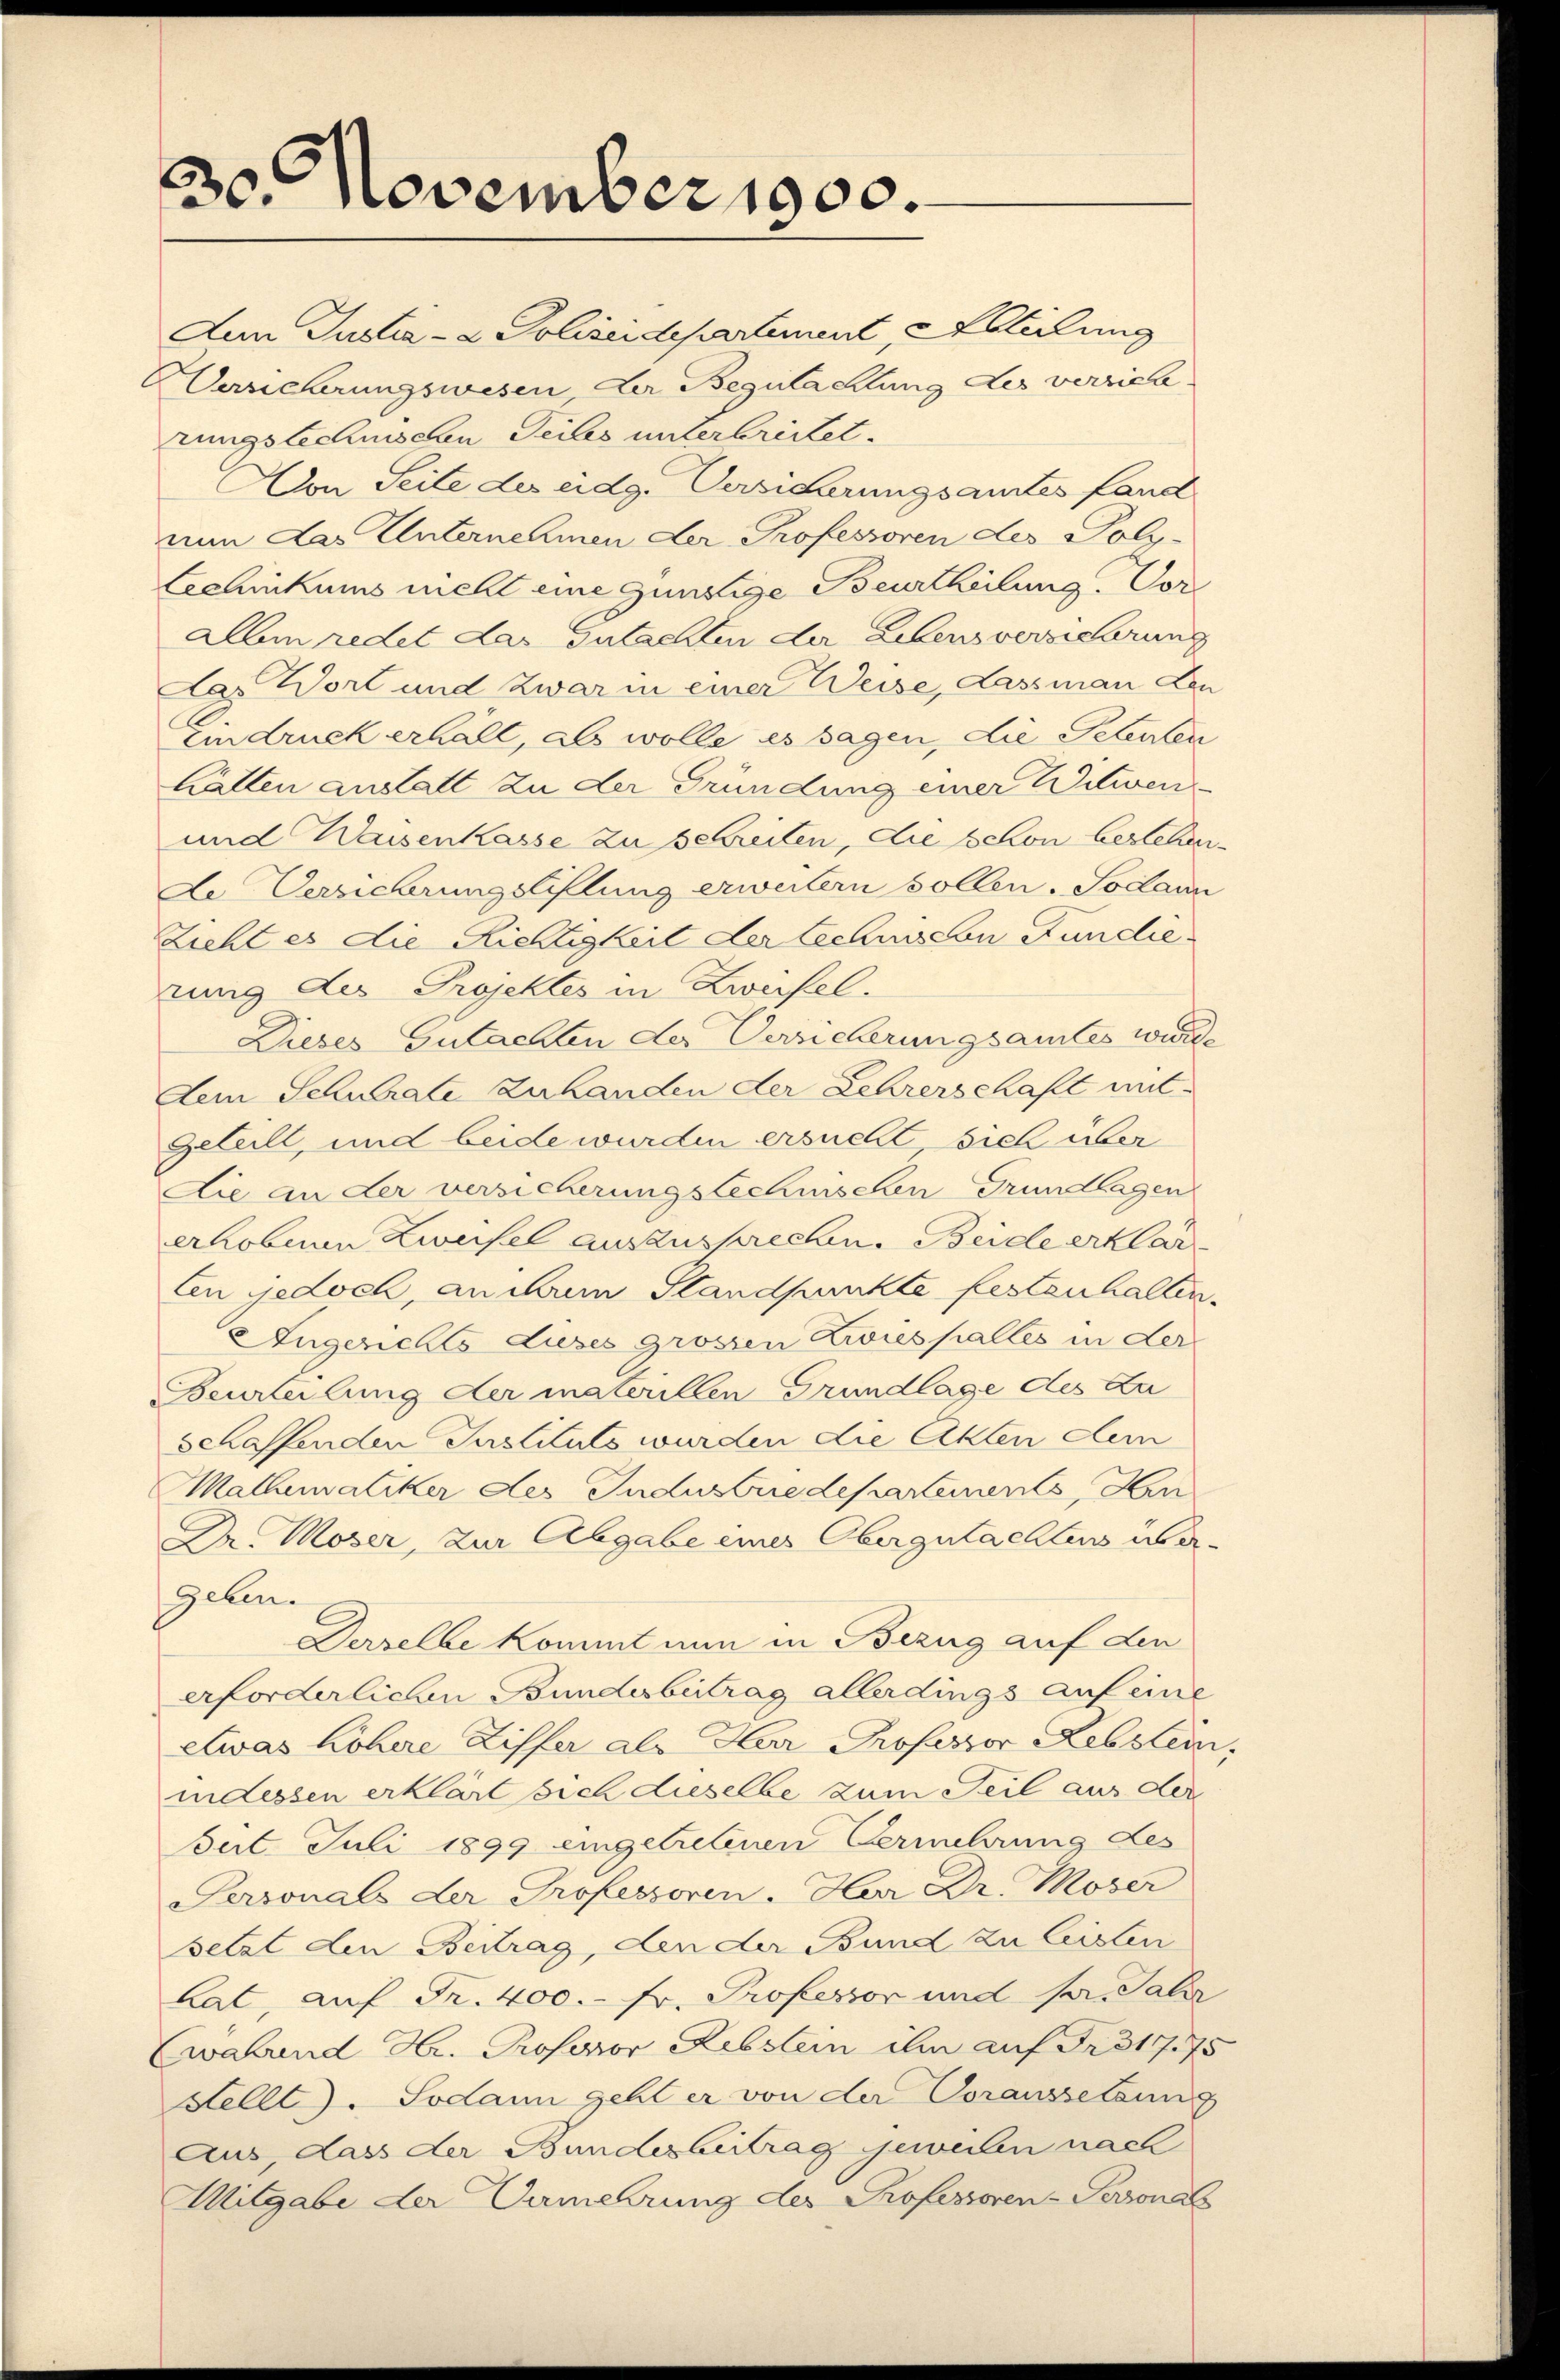
3
30. November 1900.

Len Justiz- & Polizeidepartement, Abteilung
Versicherungswesen der Begutachtung des verrichrungstechnischen Teiles unterbreitet.
Aon Seite des eidg. Versicherungsamtes fand
vun das Unternehmen der Professoren des Poli-
Lechnikums nicht eine günstige Beurtheilung. Vor
allein redet das Gutachten der Lebensversicherung
Das Wort und Zwar in einer Weise, Lassman Leu
Eindruck erhalt, als wolle es sagen, die Petenten
Hätten anstatt zu der Gründung einer Witwen
und Waisenkasse zu schreiten, die schon bestehen
de Versicherungsliflung erweitern sollen. Sodann
Zieht es die Richtigkeit der technen Fundie
rung des Projektes in Zweifel.
Dieses Gutachten der Versicherungsamtes wurde
Dem Schulrate Zuhanden der Lehrerschaft mitgeteilt, und beide wurden ersucht sich über
Die an der versicherungstechnischen Grundlagen
erhobenen Zweifel auszusprechen. Beide erklär
Cen jedoch, an dann Standpunkte festenhalten.
Augerichts Luses grossen Zwiespalles in der
Beurteilung der materillen Grundlage des Zu
schaffenden Justituts wurden die Akten dem
Mallematiker des Industriedepartements Ken
Dr. Moser, zur Abgabe eines Obergutachtens der¬
Geben.
Derselbe kommt nun in Bezug auf den
erforderlichen Bundesbeitrag allerdings auf eine
etwas höhere Ziffer als Herr Professor Rebstein
indessen erklärt sich dieselbe zum Teil aus der
Bet. Juli 1899 eingetretenen Vermehrung des
Personals der Professoren Har Dr. Moser
setzt den Beitrag, den der Bund zu leisten
Lat, auf Fr. 400.- Fr. Professor und pr. Jahr
Ewahrend Hr. Professor Rebstein ihn auf Fr. 317. 75
Stellt. Sodann geht er von der Voraussetzung
Aus, dass der Bundesbeitrag geweilen nach
Mitgabe der Vermehrung des Professoren-Personal